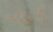
كيف